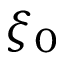
\xi _ { 0 }